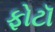
ફોટૉ